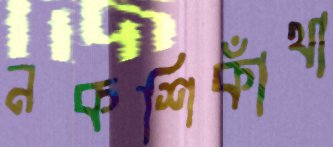
নকশিকাঁথা